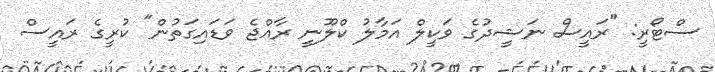
ސްޓޯރީ: "ރައީސް ނަޝީދުގެ ވަކީލް އަމާލު ކްލޫނީ ރާއްޖެ ވަޑައިގަތުން" ކުރީގެ ރައީސް